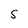
Character: S